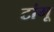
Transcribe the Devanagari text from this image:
टांगू